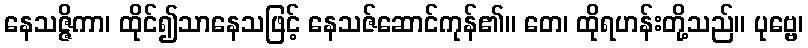
နေသဇ္ဇိကာ၊ ထိုင်၍သာနေသဖြင့် နေသဇ်ဆောင်ကုန်၏။ တေ၊ ထိုရဟန်းတို့သည်။ ပုဗ္ဗေ၊